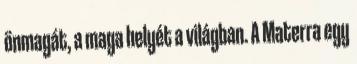
önmagát, a maga helyét a világban. A Materra egy